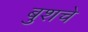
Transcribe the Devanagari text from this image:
बुशचे